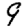
Digit: 9